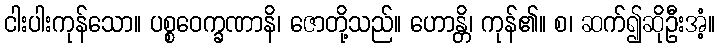
ငါးပါးကုန်သော။ ပစ္စဝေက္ခဏာနိ၊ ဇောတို့သည်။ ဟောန္တိ၊ ကုန်၏။ စ၊ ဆက်၍ဆိုဦးအံ့။